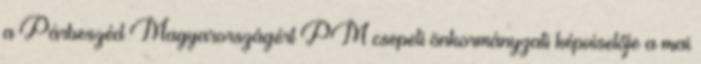
a Párbeszéd Magyarországért PM csepeli önkormányzati képviselője a mai